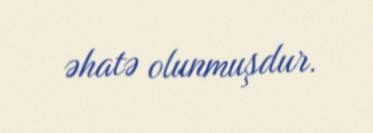
əhatə olunmuşdur.